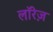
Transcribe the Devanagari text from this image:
लॉरेज़